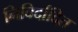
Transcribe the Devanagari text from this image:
निविर्दादित